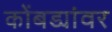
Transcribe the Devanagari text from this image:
कोंबड्यांवर